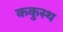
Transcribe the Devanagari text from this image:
ककुस्थ